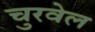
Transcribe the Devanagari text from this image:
चुरवेल